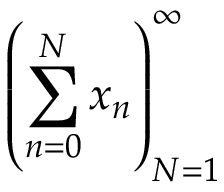
\left( \sum _ { n = 0 } ^ { N } x _ { n } \right) _ { N = 1 } ^ { \infty }